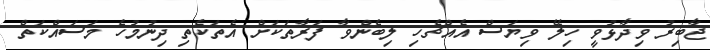
ޖާބިރު ވިދާޅުވީ ހިލޭ ވިޔަސް އެއްޗެހި ލިބެންވާ ފަރާތަކަށް އެތަކެތި ދިނުމުހެ މަސައްކަތް